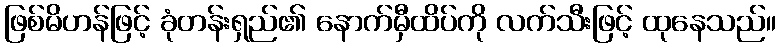
ဖြစ်မိဟန်ဖြင့် ခုံတန်းရှည်၏ နောက်မှီထိပ်ကို လက်သီးဖြင့် ထုနေသည်။